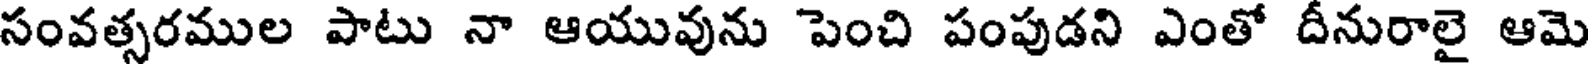
సంవత్సరముల పాటు నా ఆయువును పెంచి పంపుడని ఎంతో దీనురాలై ఆమె